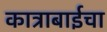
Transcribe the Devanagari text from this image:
कात्राबाईचा